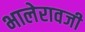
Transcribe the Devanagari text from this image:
भालेरावजी